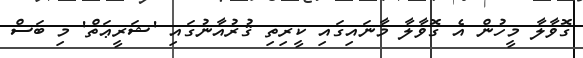
ގޮވާލާ މީހުން އެ ގޮވާލާ މާނައިގައި ކީރިތި ޤުރުއާނުގައި 'ޝަރީޢަތް' މި ބަސް